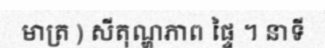
មាត្រ ) សីតុណ្ហភាព ផ្ទៃ ។ នាទី